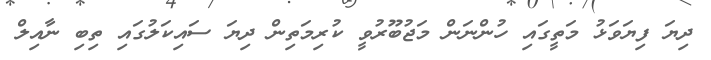
ދިޔަ ފިޔަވަޅު މަތީގައި ހުންނަން މަޖުބޫރުވީ ކުރިމަތިން ދިޔަ ސައިކަލުގައި ތިބި ނާއިލް